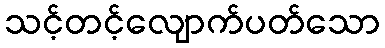
သင့်တင့်လျောက်ပတ်သော